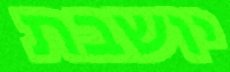
יושבת